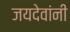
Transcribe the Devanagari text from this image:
जयदेवांनी